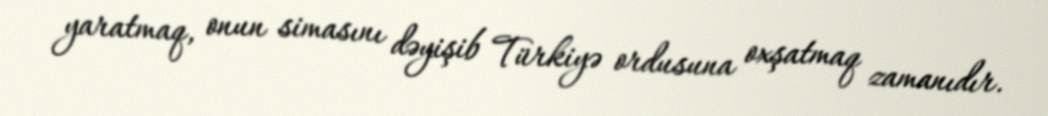
yaratmaq, onun simasını dəyişib Türkiyə ordusuna oxşatmaq zamanıdır.